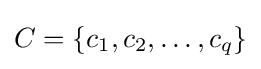
C=\{c_{1},c_{2},\dots ,c_{q}\}